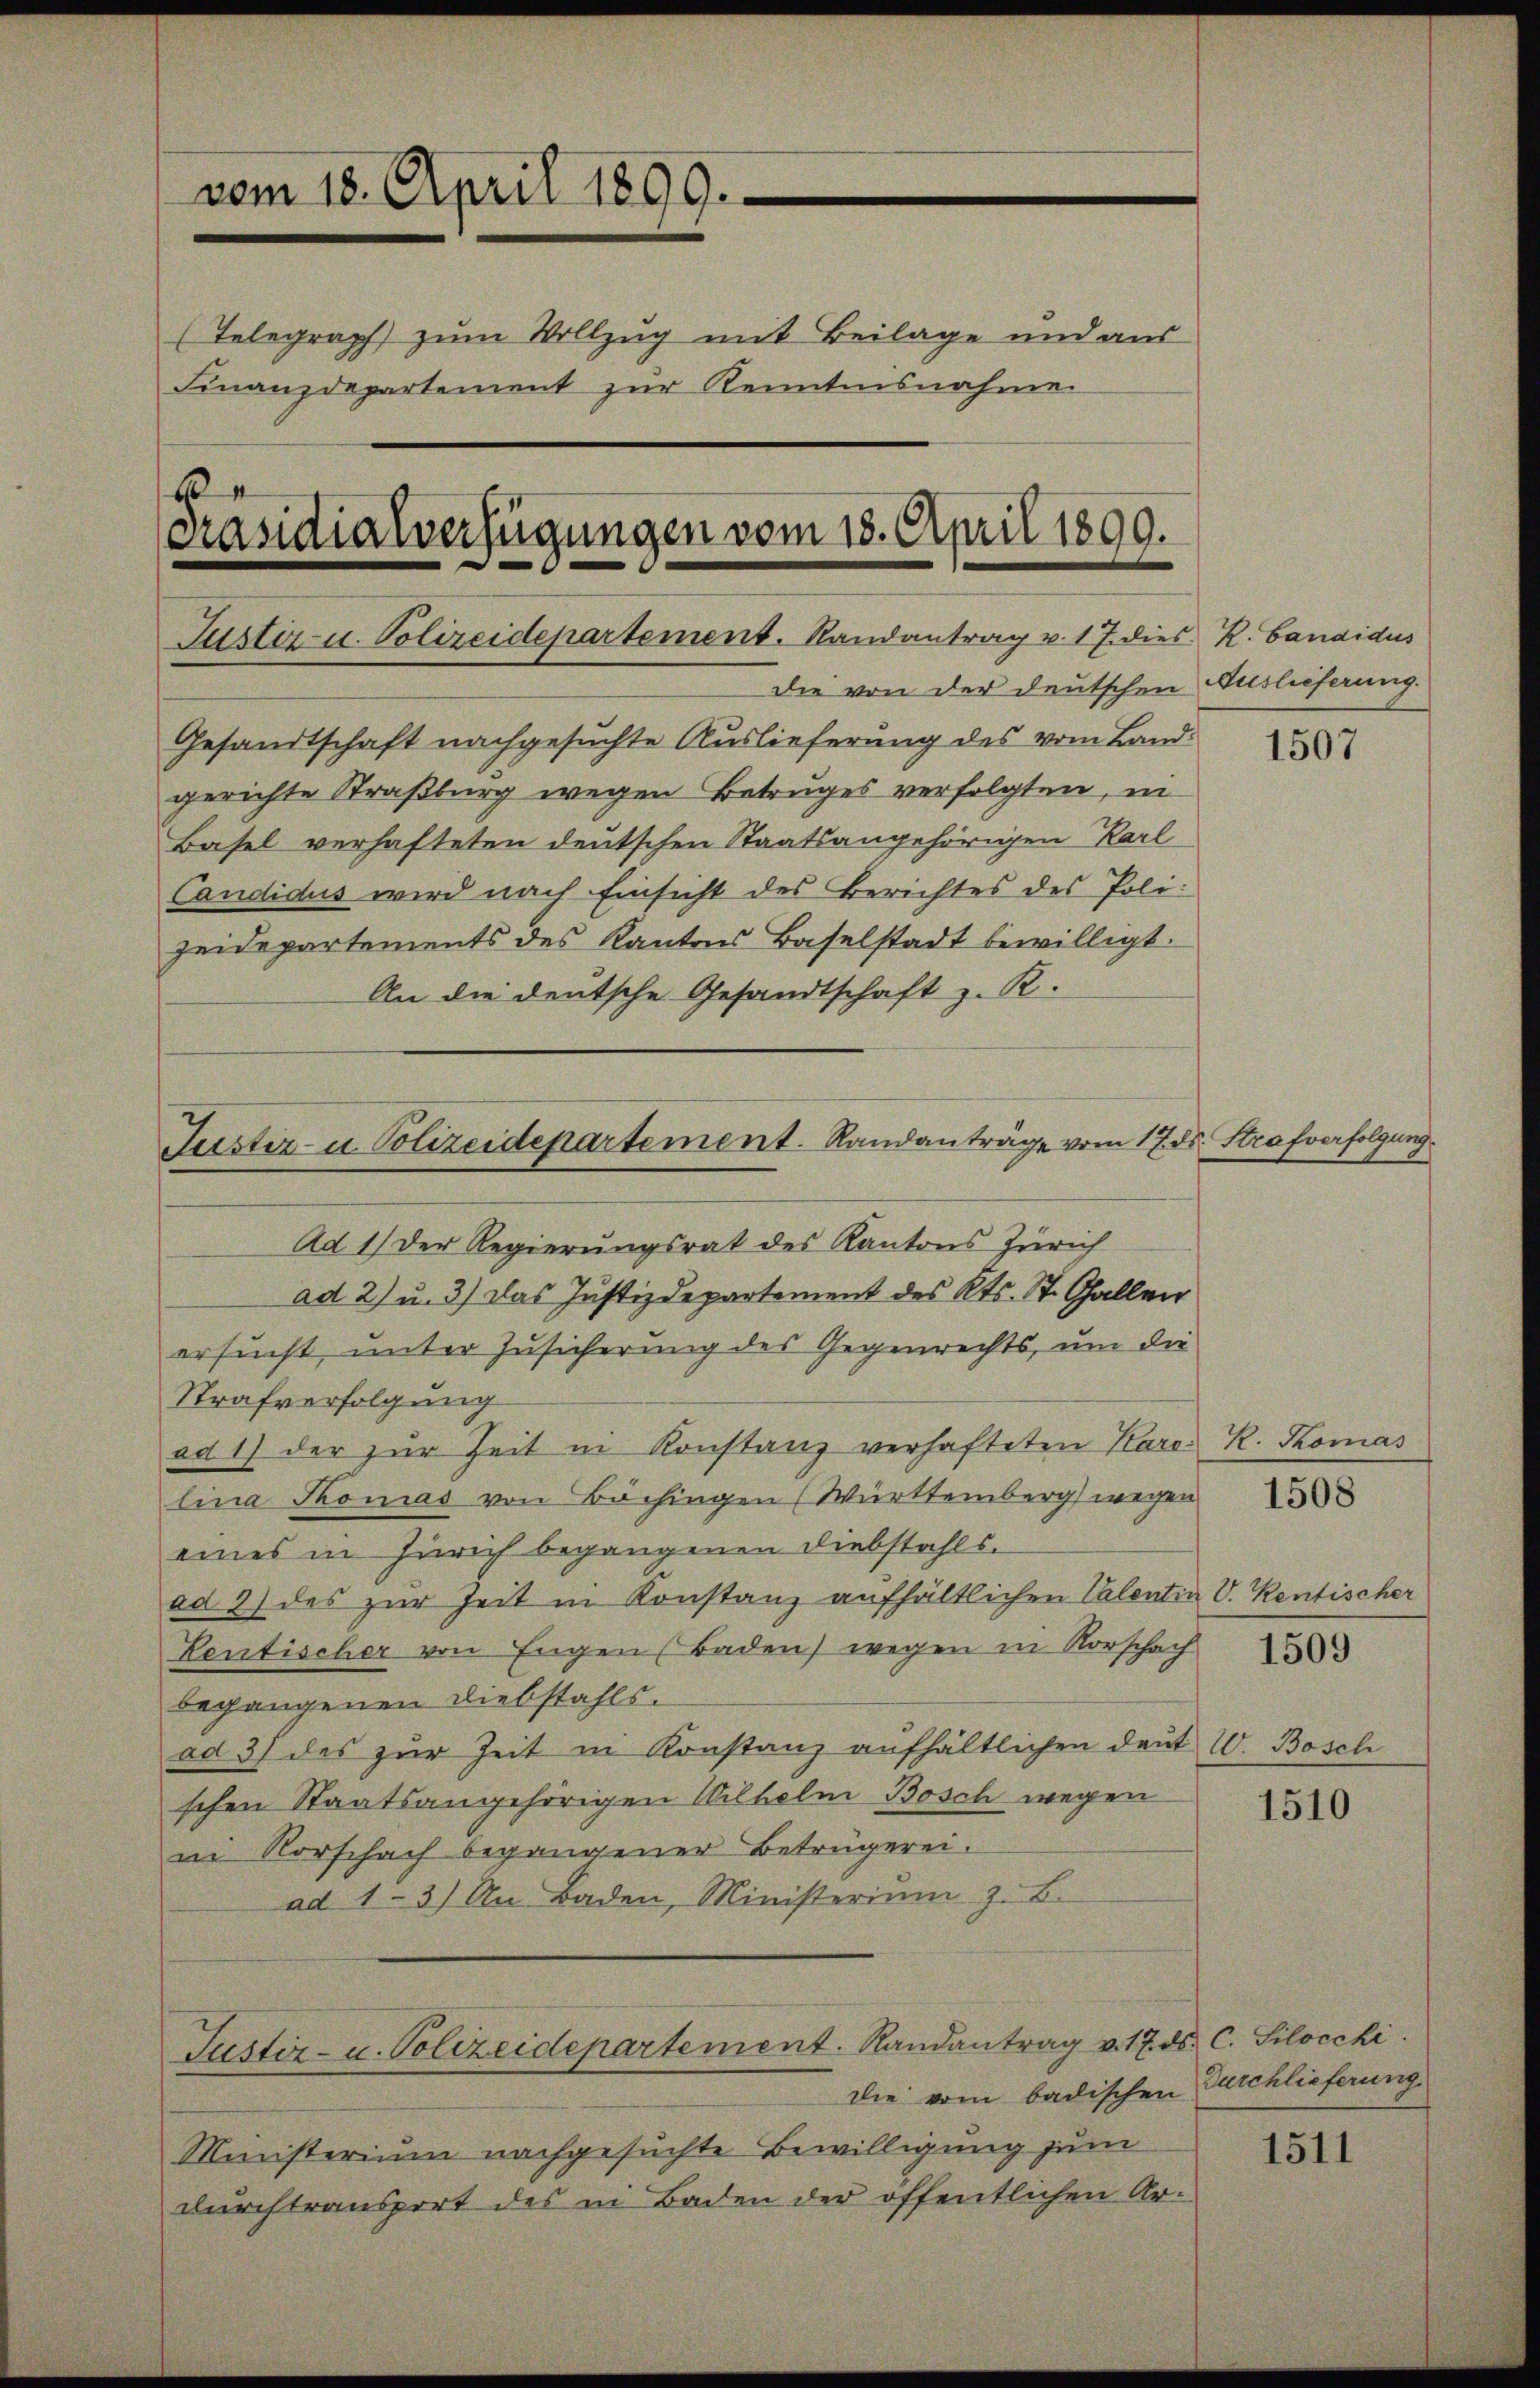
vom 18. April 1899.
(Telegraph zum Vollzug mit Beilage und aus
Finanzdepartement zur Kenntnisnahme.
6
Präsidialverfügungen vom 18. April 1899.
Justiz- u. Polizeidepartement. Randantrag v. 17. dies R. Candidus
die von der deutschen Auslieferung.

Justiz- u. Polizeidepartement. Randanträge vom 17. ds. Strafverfolgung

Gesandtschaft nachgesuchte Auslieferung des vom Landgerichte Straßburg wegen Betruges verfolgten, in
Basel verhafteten deutschen Staatsangehörigen Karl
Candidus wird nach Einsicht des Berichtes des Polizeidepartements des Kantons Baselstadt bewilligt.
An die deutsche Gesandtschaft z. R.
Ad 1) Der Regierungsrat des Kantons Zürich
ad 2) u. 3) das Justizdepartement des Kts. St. Gallen
ersucht, unter Zusicherung des Gegenrechts, um die
Strafverfolgung
ad 1) der zur Zeit in Konstanz verhafteten Karo
lina Thomas von Bächingen (Württemberg wegen
eines in Zürich begangenen Diebstahlsad 2) des zur Zeit in Konstanz aufhältlichen Valentia V. Rentischer
Kentischer von Engen Baden, wegen in Rorschach
begangenen Diebstahls.
ad 37 des zur Zeit in Konstanz aufhältlichen Deut
schen Staatsangehörigen Wilhelm Bosch wegen
ei Vorschach begangener Betrügerei.
ad 1-3) An Baden, Ministerium z. B.

die vom badischen Durchlieferung
Ministerium nachgesuchte Bewilligung zum
durchtransport des in Baden der öffentlichen Ar-

Justiz- u. Polizeidepartement. Randantrag v. 17. ds. C. Silocchi.

1507

R. Komas

1508

1509

V. Bosch

1510

1511